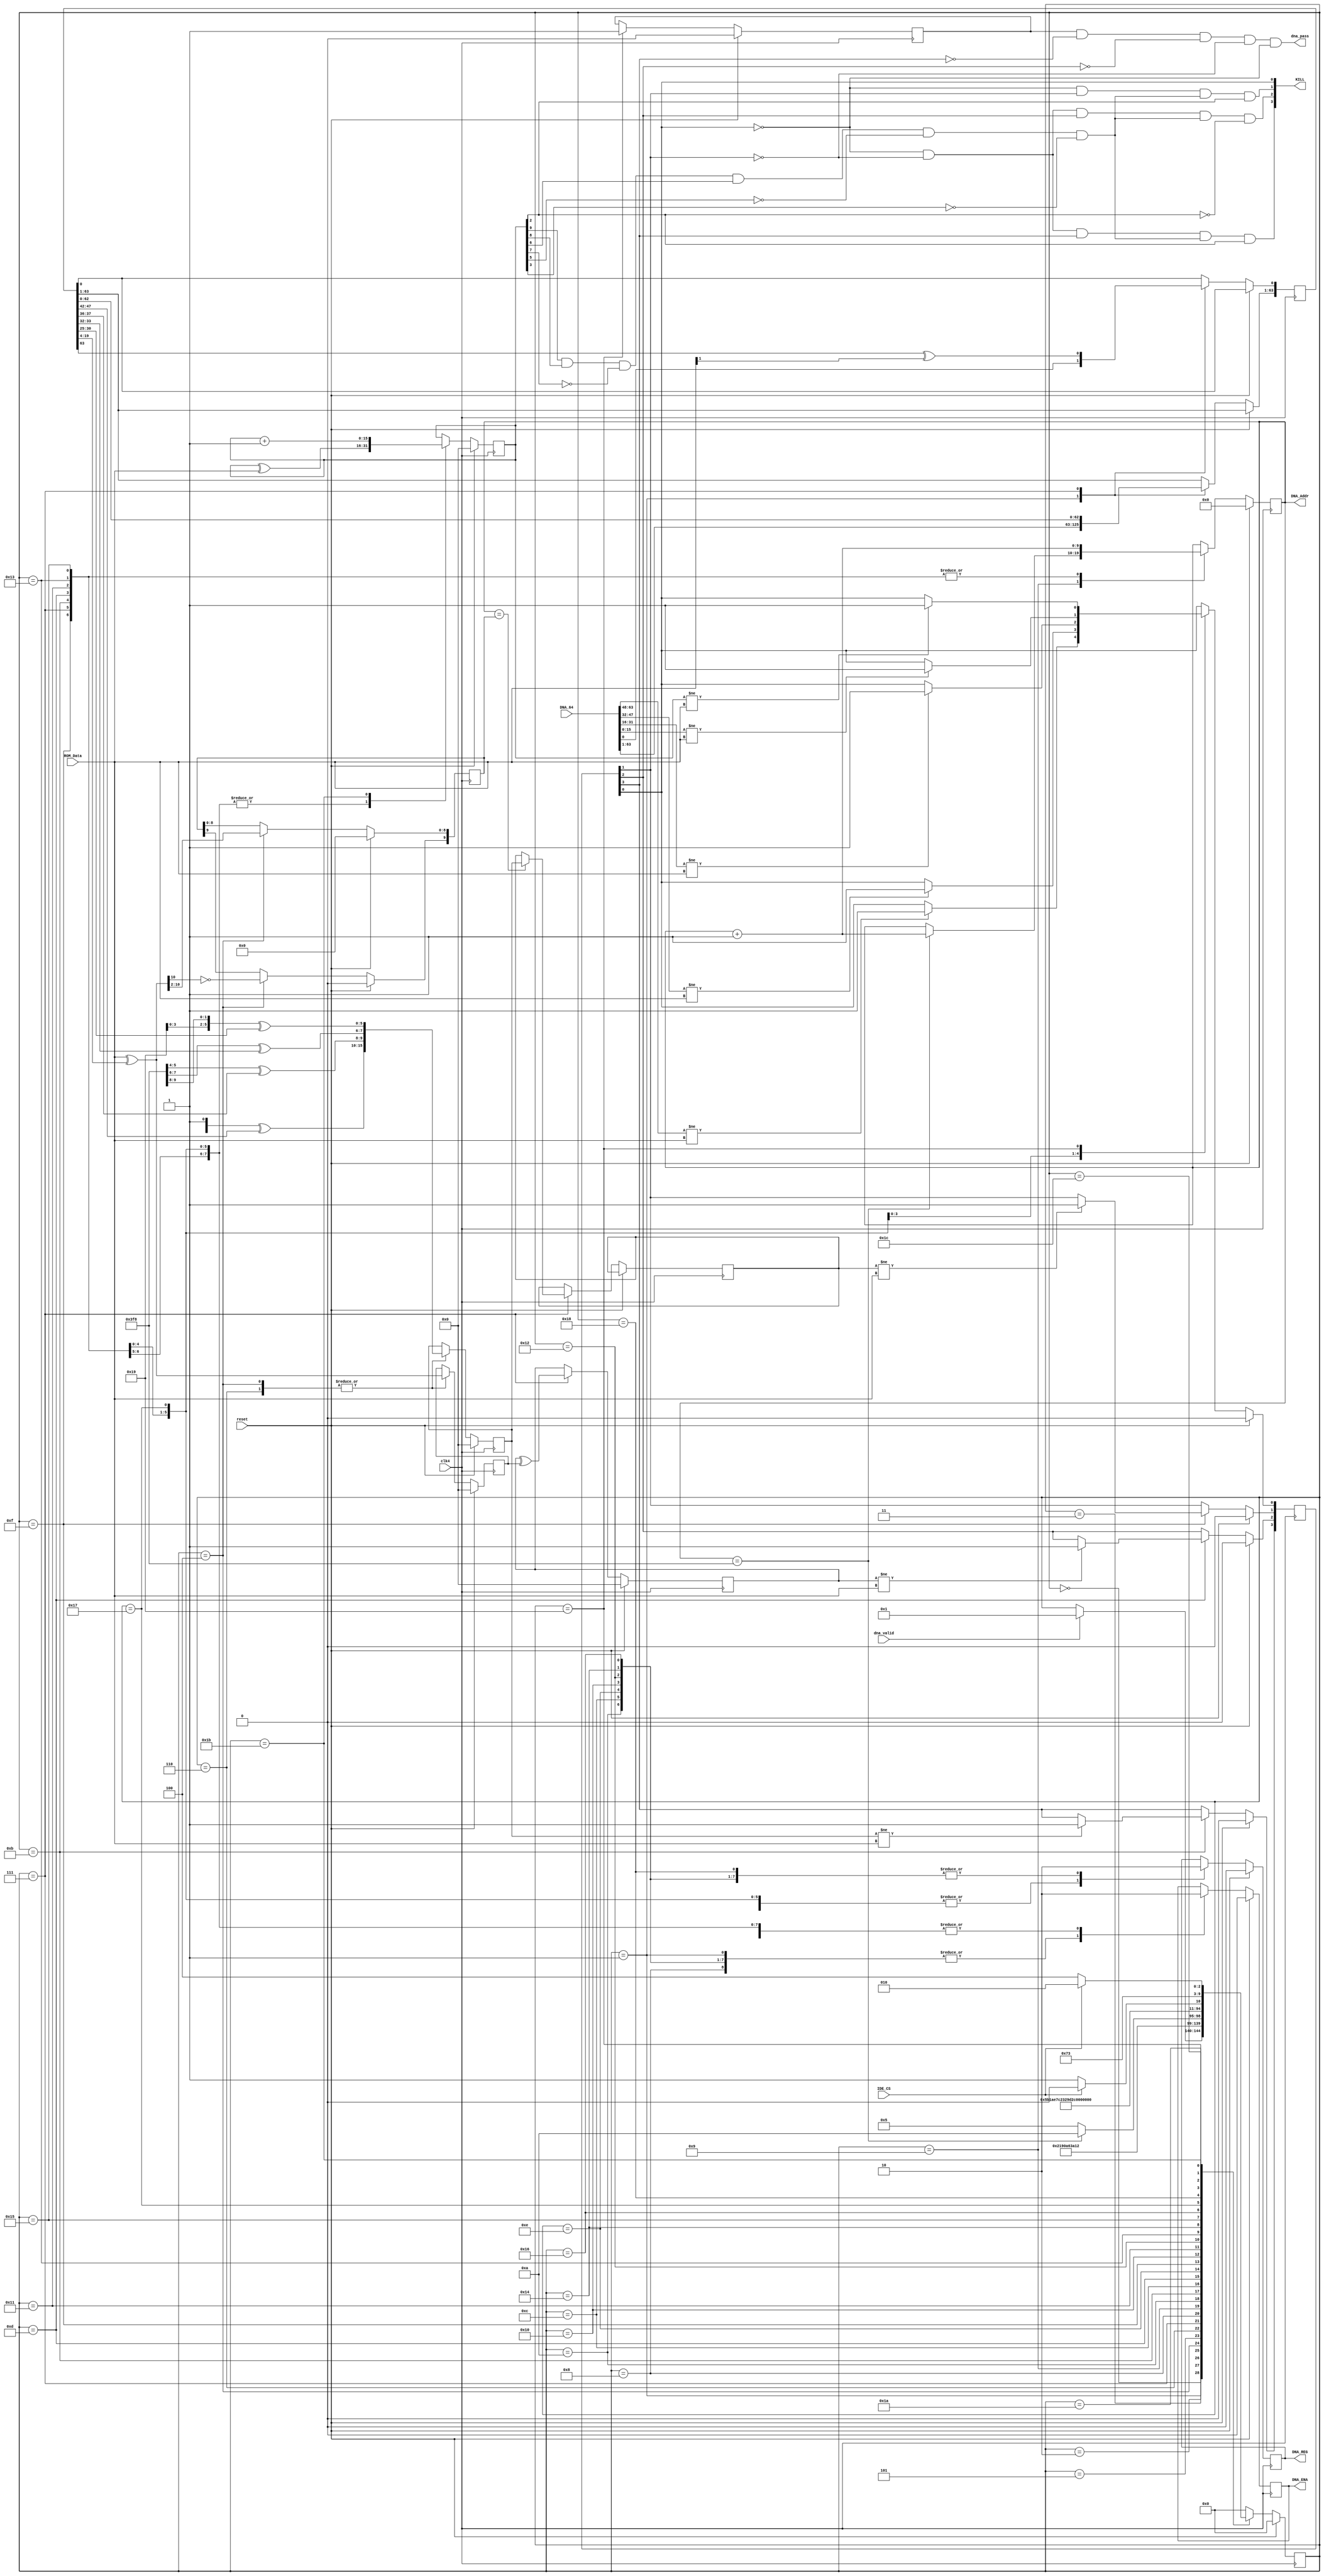
`timescale 1ns / 1ps
//////////////////////////////////////////////////////////////////////////////////
// Company: 
// Engineer: 
// 
// Design Name: 
// Module Name:    CheckDNA 
// Project Name: 
// Target Devices: 
// Tool versions: 
// Description: 
//
// Dependencies: 
//
// Revision: 
// Revision 0.01 - File Created
// Additional Comments: 
//
//////////////////////////////////////////////////////////////////////////////////
module CheckDNA(
input				clk4,
input				reset,
input [63:0] 	DNA_64,			// The DNA code
input 			dna_valid,

input [15:0]	ROM_Data,		// ROM data
input				IDE_CS,			// chip select killer signal
output reg		DNA_ENA,				// the enable signal to reduce power consumption
output reg		DNA_REG,				// enable output register for faster RAM access
output reg [9:0]	DNA_Addr,			// RAM address

output			dna_pass,		// result of check
output [3:0]	KILL					// Killing signals
);

// Result of check
// DNA_FailR[0] = set to 1 if (XOR check sum is not zero) or (DNA address in [1018-1022] does not match with local DNA)
// DNA_FailR[1] = set to 1 if {DNA address in [1018-1022] not match with local DNA)
// DNA_FailR[2] = set to 1 if (
// DNA_FailR[3] = set to 1 if
// parameter no_of_ran_no = 1021; // for server1104
parameter no_of_ran_no = 1016;	// For Server1108

reg	[15:0]	xor_check;		// overall check key of the XOR 
reg	[63:0]	dna;				// local dna code	
reg	[9:0]		L_Addr;		// the addres of the check code
reg	[15:0]	check;			// the content of the check code
reg	multi_ce;				// enable the multiplier signal
reg [4:0]  dna_gen_st;		// dna state machine
reg	[3:0]		DNA_FailR;		// dna failing reigster

parameter DcIdle	= 5'b00000;
parameter Dc01		= 5'b00001;
parameter Dc02		= 5'b00010;
parameter Dc03		= 5'b00011;
parameter Dc04		= 5'b00100;
parameter Dc10		= 5'b00101;
parameter Dc11		= 5'b00110;
parameter Dc12		= 5'b00111;
parameter Dc13		= 5'b01000;
parameter Dc14		= 5'b01001;
parameter Dc20		= 5'b01010;
parameter Dc21		= 5'b01011;
parameter Dc22		= 5'b01100;
parameter Dc23		= 5'b01101;
parameter Dc24		= 5'b01110;
parameter Dc25		= 5'b01111;
parameter Dc26		= 5'b10000;
parameter Dc27		= 5'b10001;
parameter Dc28		= 5'b10010;
parameter Dc29		= 5'b10011;
parameter Dc30		= 5'b10100;
parameter Dc31		= 5'b10101;
parameter Dc32		= 5'b10110;
parameter Dc33		= 5'b10111;
parameter Dc34		= 5'b11000;
parameter Dc35		= 5'b11001;
parameter Dc90		= 5'b11010;
parameter Dc91		= 5'b11011;
parameter Dc92		= 5'b11100;

reg	[15:0] multi_a;
reg	[15:0] multi_b;
reg	[15:0] Simp_XOR;		// simple XOR register
reg	FinishCheck;			// flip flop to show checking is finished
wire	[15:0] multi_p;		// output of register
wire	[15:0] ma;				// input feed of multi_a
wire	[15:0] mb;				// input feed of multi_b
wire	K_WINDOW;				// wire key window

///////////////////////////////////////////////////////////////

//multi_16 inst_multi_16 (
//	.ce(multi_ce),
//	.clk(clk4),
//	.a(multi_a), // Bus [15 : 0] 
//	.b(multi_b), // Bus [15 : 0] 
//	.p(multi_p)); // Bus [15 : 0] 

// Server1104 = algorithm
//Multi_A = XOR_REG(	DNA_64(18,24) + DNA_64(26,28) + DNA_64(30,32) + DNA_64(33,39)),
//							Multi_P(0,6) + Multi_P(8, 10) + Multi_P(6, 8) + Multi_P(10, 16));
//Multi_B = XOR_REG(ROM_Data(0,16), DNA_64(48,64));
//assign ma[15:10]	= multi_p[15:10]	^ dna[45:40];		// Multi_P(0,6) ^ DNA_64(18,24)
//assign ma[9:8]		= multi_p[7:6]		^ dna[37:36];		// Multi_P(8,10) ^ DNA_64(26,28)
//assign ma[7:6]		= multi_p[9:8]		^ dna[33:32];		// Multi_P(6,8) ^ DNA_64(30,32)
//assign ma[5:0]		= multi_p[5:0]		^ dna[30:25];		// Multi_P(10,16) ^ DNA_64(33,39)
//assign mb[15:0]	= ROM_Data[15:0]	^ dna[15:0];		// ROM_Data(0,16) ^ DNA_64(48,64)

// Server1108 = algorithm
//Multi_A = XOR_REG(	DNA_64(16,22) + DNA_64(26,28) + DNA_64(30,32) + DNA_64(33,39)),
//							Multi_P(0,6) + Multi_P(8, 10) + Multi_P(6, 8) + Multi_P(10, 16));
//Multi_B = XOR_REG(ROM_Data(0,16), DNA_64(44,60));
assign ma[15:10]	= multi_p[15:10]	^ dna[47:42];		// Multi_P(0,6) ^ DNA_64(16,22)
assign ma[9:8]		= multi_p[7:6]		^ dna[37:36];		// Multi_P(8,10) ^ DNA_64(26,28)
assign ma[7:6]		= multi_p[9:8]		^ dna[33:32];		// Multi_P(6,8) ^ DNA_64(30,32)
assign ma[5:0]		= multi_p[5:0]		^ dna[30:25];		// Multi_P(10,16) ^ DNA_64(33,39)
assign mb[15:0]	= ROM_Data[15:0]	^ dna[20:4];		// ROM_Data(0,16) ^ DNA_64(44,60)

/////////////////////// Killing signals ////////////////////
assign	KILL[0]	=  DNA_FailR[0];			// Fail register to output the signal
assign	KILL[1]	= ~DNA_FailR[0] & DNA_FailR[1] & K_WINDOW & Simp_XOR[2];		// If someone modify the Fail 0, then we create new fail for them
assign	KILL[2]	= ~DNA_FailR[0] & ~DNA_FailR[1] & DNA_FailR[2] & K_WINDOW & ~Simp_XOR[2];
assign	KILL[3]	= ~DNA_FailR[0] & ~DNA_FailR[1] & DNA_FailR[3] & K_WINDOW &  Simp_XOR[2];
assign	K_WINDOW	= Simp_XOR[9] & Simp_XOR[8] & ~Simp_XOR[7] & Simp_XOR[6] & ~Simp_XOR[5] & ~Simp_XOR[3];
assign	dna_pass	= FinishCheck & ~DNA_FailR[3] & ~DNA_FailR[2] & ~DNA_FailR[1] & ~DNA_FailR[0];

always @(posedge clk4) begin
	if(reset) begin
		DNA_Addr		<= 10'b00_0000_0000;		// address of ROM_Data
		L_Addr	<= 10'b00_0000_0000;		// address of check_code
		xor_check 	<= 16'b0000_0000_0000_0000;	// the XOR A bus check code
		multi_a	 	<= 16'b0000_0000_0000_0000;	// the two multipliers check code
		multi_b	 	<= 16'b0000_0000_0000_0000;	// the two multipliers bus check code
		Simp_XOR		<= 16'b0000_0000_0000_0000;	// simple XOR register
		DNA_FailR	<= 4'b0000;							// clear the fail register
		FinishCheck	<= 1'b0;								// clear the check phase
		DNA_ENA		<= 1'b0;
		DNA_REG		<= 1'b0;
		multi_ce		<= 1'b0;
		dna_gen_st	<= DcIdle;			// start in the idle state
	end else begin
		case(dna_gen_st)
//// ===== state 0, wait until dna code is valid ============
//// Formulate a dna_check_key to combat zero code attack
		DcIdle	: begin
			if(dna_valid == 1'b1) begin
				dna_gen_st	<= Dc01;
			end
		end
		Dc01	: begin
			DNA_ENA		<= 1'b1;			// enable reading the ROM
			multi_ce	<= 1'b1;			// flush the multiplier with 0s
			dna		<= DNA_64;			// clock in the main register
			dna_gen_st	<= Dc02;
		end
		Dc02	: begin
			DNA_ENA		<= 1'b0;			// disable reading the ROM
			DNA_REG		<= 1'b1;			// fetch first ROM data to bus
			dna_gen_st	<= Dc03;
		end
		Dc03	: begin
			DNA_REG		<= 1'b0;
			dna_gen_st	<= Dc04;
		end
		Dc04	: begin
			multi_ce				<=  1'b0;			// multiplier completely flushed
			multi_a[15:0]		<=  ma[15:0];
			multi_b[15:0]		<=  mb[15:0];
			L_Addr[9]		<= ~mb[10];			// mult address is stable now
			L_Addr[8:0]	<=  mb[10:2];		// check address is between 256-767
			dna_gen_st			<=  Dc10;				// go to the main loop
		end
//// ====== Check on the data block ===========
	Dc10: begin
		DNA_REG		<= 1'b0;
		dna_gen_st	<= Dc11;			// next state
	end	
	Dc11: begin
		multi_ce			<= 1'b1;
		multi_a[15:0]	<= ma[15:0];			// activate the multipliers
		multi_b[15:0]	<= mb[15:0];
		dna_gen_st		<= Dc12;			// next state
	end	
	Dc12:	begin
		dna[63:1]		<= dna[62:0];
		dna[0]			<= dna[63] ^ ROM_Data[1];	// bitwise rotate the data
		DNA_ENA			<= 1'b0;							// save power for the ROM
		if (DNA_Addr == L_Addr)	check <= multi_a;	// store up the value of check instance
		DNA_Addr			<= DNA_Addr + 1;					// proceed to next address
		Simp_XOR[15:0]	<= Simp_XOR[15:0] ^ ROM_Data[15:0];		// mask the registers
		xor_check		<= xor_check ^ multi_b;		// the xor algorithm is base on dna XOR ROM_Data
		dna_gen_st		<= Dc13;
	end
	Dc13:	begin
		DNA_ENA			<= 1'b1;							// enable back the ROM
		dna_gen_st		<= Dc14;
	end
	Dc14:	begin
		DNA_ENA			<= 1'b0;							// disable ROM access
		DNA_REG			<= 1'b1;							// enable back the ROM and reg
		if (DNA_Addr == no_of_ran_no) begin
			DNA_Addr			<= DNA_Addr + 1;					// advance the address
			dna_gen_st 	<= Dc20;							// go to the result phase
		end else begin
			dna_gen_st	<= Dc10;							// loop back for new computation
		end
	end
//// ======================================================
	Dc20	: begin											// DNA_Addr = 1016
		multi_ce			<= 1'b0;							// save some power
		DNA_REG			<= 1'b0;							// lock down the reg
		DNA_ENA			<= 1'b1;							// clock out the data to register side
		dna_gen_st		<= Dc21;
	end
	Dc21	: begin
		Simp_XOR[15:0]	<= Simp_XOR[15:0] ^ ROM_Data[15:0];		// mask the registers
		if (multi_a != ROM_Data) begin
			DNA_FailR[3]	<= 1'b1;						// 3rd level fail
		end
		DNA_REG			<= 1'b1;							// clock out the data to compare
		DNA_ENA			<= 1'b0;							// lock down the RAM area
		DNA_Addr				<= DNA_Addr+1;						// pipe the new address 1017 to RAM
		dna_gen_st		<= Dc22;
	end
	Dc22	: begin											// DNA_Addr = 1017
		DNA_REG			<= 1'b0;							// lock down the reg
		DNA_ENA			<= 1'b1;							// clock out the data to register side
		dna_gen_st		<= Dc23;
	end
	Dc23	: begin
		Simp_XOR[15:0]	<= Simp_XOR[15:0] ^ ROM_Data[15:0];		// mask the registers
		if (xor_check != ROM_Data) begin
			DNA_FailR[2]	<= 1'b1;						// 2nd level fail
		end
		DNA_REG			<= 1'b1;							// clock out the data to compare
		DNA_ENA			<= 1'b0;							// lock down the RAM area
		DNA_Addr				<= DNA_Addr+1;						// pipe the new address to RAM
		dna_gen_st		<= Dc24;
	end
////////
	Dc24	: begin											// DNA_Addr = 1018
		DNA_REG			<= 1'b0;							// lock down the reg
		DNA_ENA			<= 1'b1;
		dna_gen_st		<= Dc25;
	end
	Dc25	: begin											// DNA_Addr = 1018
		Simp_XOR[15:0]	<= Simp_XOR[15:0] ^ ROM_Data[15:0];		// mask the registers
		if (check != ROM_Data) begin
			DNA_FailR[1]	<= 1'b1;						// set the general fail
		end
		DNA_REG			<= 1'b1;							// clock out the data to compare
		DNA_ENA			<= 1'b0;							// lock down the RAM area
		DNA_Addr			<= DNA_Addr+1;						// pipe the new address to RAM
		dna_gen_st		<= Dc26;
	end
//////////
	Dc26	: begin											// DNA_Addr = 1019
		DNA_REG			<= 1'b0;							// lock down the reg
		DNA_ENA			<= 1'b1;
		dna_gen_st		<= Dc27;
	end
	Dc27	: begin											// DNA_Addr = 1019
		Simp_XOR[15:0]	<= Simp_XOR[15:0] ^ ROM_Data[15:0];		// mask the registers
		if (DNA_64[63:48] != ROM_Data[15:0]) begin
			DNA_FailR[0]	<= 1'b1;
		end
		DNA_REG			<= 1'b1;							// clock out the data to compare
		DNA_ENA			<= 1'b0;							// lock down the RAM area
		DNA_Addr				<= DNA_Addr+1;						// pipe the new address to RAM
		dna_gen_st		<= Dc28;
	end
//////////
	Dc28	: begin											// DNA_Addr = 1020
		DNA_REG			<= 1'b0;							// lock down the reg
		DNA_ENA			<= 1'b1;
		dna_gen_st		<= Dc29;
	end
	Dc29	: begin											// DNA_Addr = 1020
		Simp_XOR[15:0]	<= Simp_XOR[15:0] ^ ROM_Data[15:0];		// mask the registers
		if (DNA_64[47:32] != ROM_Data[15:0]) begin
			DNA_FailR[0]		<= 1'b1;
		end
		DNA_REG			<= 1'b1;							// clock out the data to compare
		DNA_ENA			<= 1'b0;							// lock down the RAM area
		DNA_Addr				<= DNA_Addr+1;						// pipe the new address to RAM
		dna_gen_st		<= Dc30;
	end
//////////
	Dc30	: begin											// DNA_Addr = 1021
		DNA_REG			<= 1'b0;							// lock down the reg
		DNA_ENA			<= 1'b1;
		dna_gen_st		<= Dc31;
	end
	Dc31	: begin											// DNA_Addr = 1021
		Simp_XOR[15:0]	<= Simp_XOR[15:0] ^ ROM_Data[15:0];		// mask the registers
		if (DNA_64[31:16] != ROM_Data[15:0]) begin
			DNA_FailR[0]	<= 1'b1;
		end
		DNA_REG			<= 1'b1;							// clock out the data to compare
		DNA_ENA			<= 1'b0;							// lock down the RAM area
		DNA_Addr				<= DNA_Addr+1;						// pipe the new address to RAM
		dna_gen_st		<= Dc32;
	end
//////////
	Dc32	: begin											// DNA_Addr = 1022
		DNA_REG			<= 1'b0;							// lock down the reg
		DNA_ENA			<= 1'b1;							// read from ram
		dna_gen_st		<= Dc33;
	end
	Dc33	: begin											// DNA_Addr = 1022
		Simp_XOR[15:0]	<= Simp_XOR[15:0] ^ ROM_Data[15:0];		// mask the registers
		if (DNA_64[15:0] != ROM_Data[15:0]) begin
			DNA_FailR[0]	<= 1'b1;
		end
		DNA_REG			<= 1'b1;							// clock out the data to compare
		DNA_ENA			<= 1'b0;							// lock down the RAM area
//		DNA_Addr				<= DNA_Addr+1;						// pipe the new address to RAM
		dna_gen_st		<= Dc34;
	end
//////////
	Dc34	: begin											// DNA_Addr = 1023
		DNA_REG			<= 1'b0;							// lock down the reg
//		DNA_ENA			<= 1'b1;
		dna_gen_st		<= Dc35;
	end
	Dc35	: begin											// DNA_Addr = 1023
		if (Simp_XOR[15:0] != ROM_Data[15:0]) begin
			DNA_FailR[0]	<= 1'b1;
		end
//		DNA_REG			<= 1'b1;							// clock out the data to compare
//		DNA_ENA			<= 1'b0;							// lock down the RAM area
//		DNA_Addr				<= DNA_Addr+1;						// pipe the new address to RAM
		FinishCheck		<= 1'b1;							// exit the check phase
		dna_gen_st		<= Dc90;
	end
///// ============= result found loop here forever
	Dc90:	begin
		if	(IDE_CS == 1'b0) begin
			dna_gen_st	<= Dc91;
		end else begin
			dna_gen_st	<= Dc90;					// loop here if CS is 1
		end
	end
//////
	Dc91:	begin
		Simp_XOR			<= Simp_XOR + 1;					// increment the Simp_XOR to generate the internal kill signal
		dna_gen_st		<= Dc92;
	end
//////
	Dc92:	begin
		if	(IDE_CS == 1'b1) begin
			dna_gen_st	<= Dc90;						// if 1 goto next state
		end else begin
			dna_gen_st	<= Dc92;						// loop here if CS is 0
		end
	end

//// ===================================
	default : begin
		dna_gen_st		<= DcIdle;						// loop back to idle
	end
//// =================================
	endcase
	end	/// reset
end //// clock
endmodule